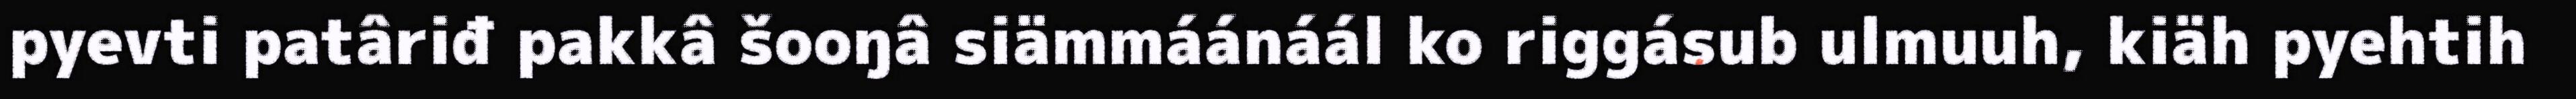
pyevti patâriđ pakkâ šooŋâ siämmáánáál ko riggásub ulmuuh, kiäh pyehtih